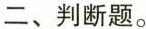
二、判断题。